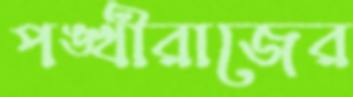
পঙ্খীরাজের